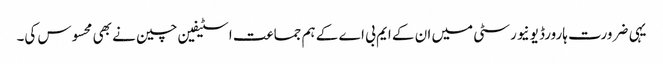
یہی ضرورت ہارورڈ یونیورسٹی میں ان کے ایم بی اے کے ہم جماعت اسٹیفین چین نے بھی محسوس کی۔